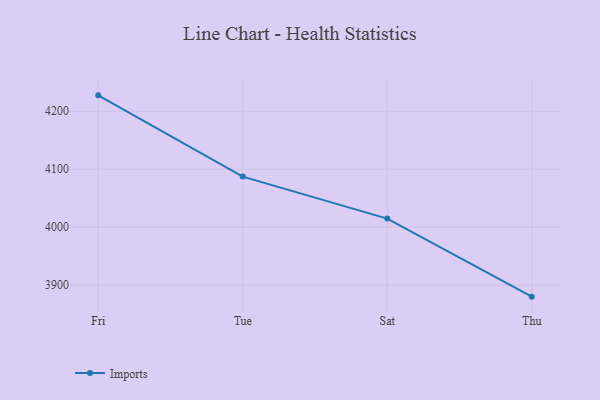
{"axis": {"x": "Day", "y": "Tickets Resolved"}, "legend": ["Imports"], "data": [{"x": "Fri", "y": 4227.5, "type": "Imports"}, {"x": "Tue", "y": 4087.2, "type": "Imports"}, {"x": "Sat", "y": 4014.7, "type": "Imports"}, {"x": "Thu", "y": 3880.0, "type": "Imports"}]}